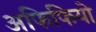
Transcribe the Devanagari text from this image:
अफिफियो